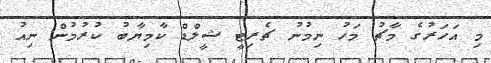
މި އަހަރުގެ މާޗު މަހު ނިމުނު ޗެރިޓީ ޝީލްޑް ކާމިޔާބު ކުރުމުން ނިއު